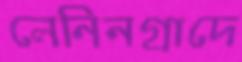
লেনিনগ্রাদে